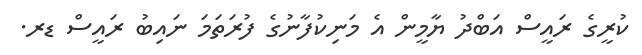
ކުރީގެ ރައީސް އަބްދު ޔާމީން އެ މަނިކުފާނުގެ ފުރަތަމަ ނައިބު ރައީސް ޑރ.